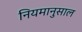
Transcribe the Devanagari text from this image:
नियमानुसाल